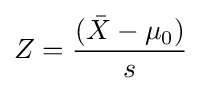
Z={\frac {({\bar {X}}-\mu _{0})}{s}}